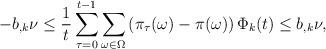
LaTeX: \begin{align*} -b_{,k} \nu \leq \frac{1}{t}\sum_{\tau=0}^{t-1}\sum_{\omega \in \Omega} \left(\pi_\tau(\omega) -\pi(\omega) \right) \Phi_k(t) \leq b_{,k} \nu,\end{align*}